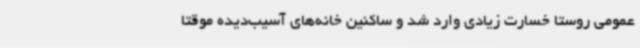
عمومی روستا خسارت زیادی وارد شد و ساکنین خانه‌های آسیب‌دیده موقتاً